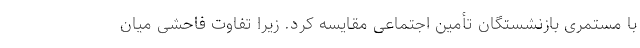
با مستمری بازنشستگان تأمین اجتماعی مقایسه کرد. زیرا تفاوت فاحشی میان